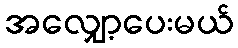
အလျှော့ပေးမယ်